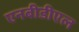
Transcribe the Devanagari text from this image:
एनबीडीएल